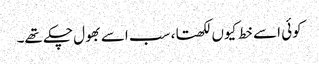
کوئی اسے خط کیوں لکھتا، سب اسے بھول چکے تھے۔